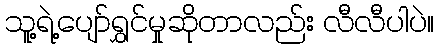
သူ့ရဲ့ပျော်ရွှင်မှုဆိုတာလည်း လီလီပါပဲ။